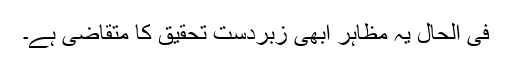
فی الحال یہ مظاہر ابھی زبردست تحقیق کا متقاضی ہے۔